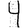
Digit: 4